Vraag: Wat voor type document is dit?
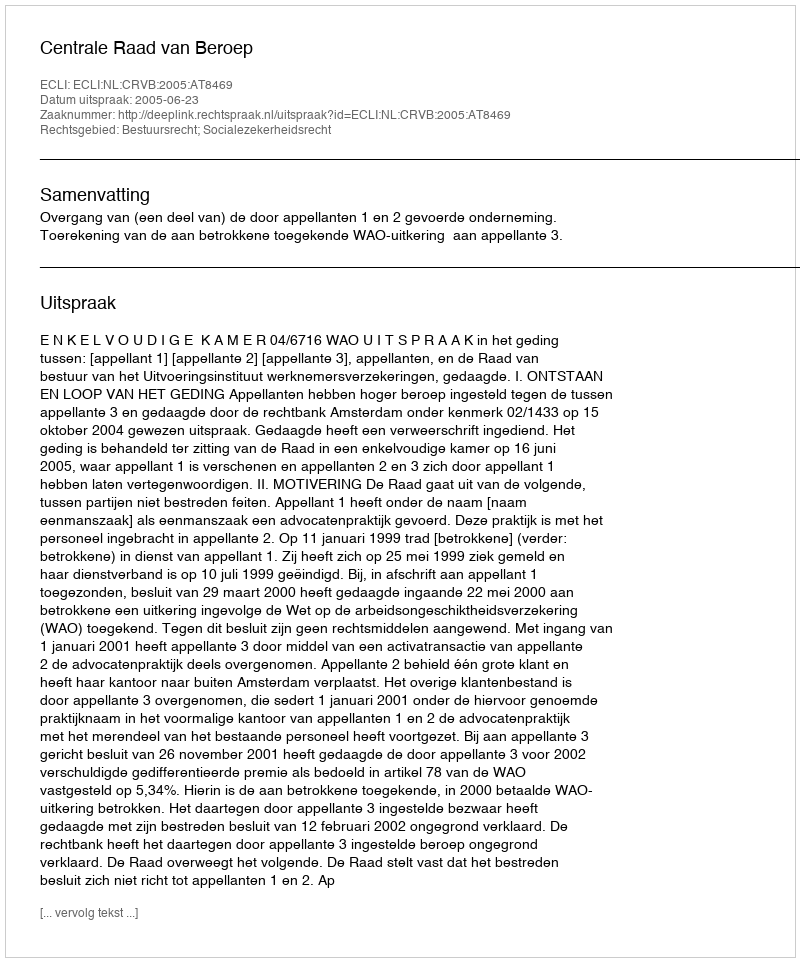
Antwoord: Uitspraak